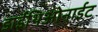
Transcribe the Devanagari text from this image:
डाईथिओनाईट